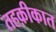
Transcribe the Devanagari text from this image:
तहक़ीकात